Indian journal of veterinary science and animal husbandry - Volumes 22-23, 1952-1953
Year: 1952
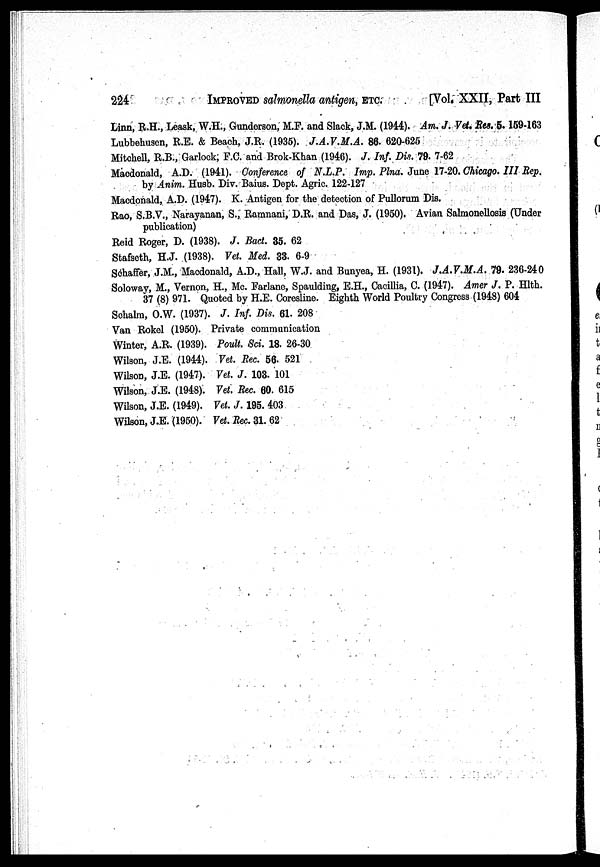
224
IMPROVED
salmonella antigen, ETC. [Vol. XXII, Part III
Linn, R.H., Leask,. W.H., Gunderson, M.F. and Slack, J.M. (1944). Am. J. Vet, Res.5.159-163
Lubbehusen, R.E. & Beach, J.R. (1935). J.A.V.M.A. 86. 620-625
Mitchell, R.B., Garlock; F.C. and Brok-Khan (1946). J. Inf. Dis. 79. 7-62
Macdonald, A.D. (1941). Conference of N.L.P. Imp. Plna. June 17-20. Chicago. III Rep.
by Anim. Husb. Div. Baius. Dept. Agric. 122-127
Macdonald, A.D. (1947). K. Antigen for the detection of Pullorum Dis.
Rao, S.B.V., Narayanan, S., Ramnani, D.R. and Das, J. (1950). Avian Salmonellosis (Under
publication)
Reid Roger, D. (1938). J. Bact. 35. 62
Stafseth, H.J. (1938). Vet. Med. 33. 6-9
Schaffer, J.M., Macdonald, A.D., Hall, W.J. and Bunyea, H. (1931). J.A.V.M.A. 79. 236-240
Soloway, M., Vernon, H., Mc. Farlane, Spaulding, E.H., Cacillia, C. (1947). Amer J. P. Hlth.
37 (8) 971. Quoted by H.E. Coresline. Eighth World Poultry Congress (1948) 604
Schalm, O.W. (1937). J. Inf. Dis. 61. 208
Van Rokel (1950). Private communication
Winter, A.R. (1939). Poult. Sci. 18. 26-30
Wilson, J.E. (1944). Vet. Rec. 56. 521
Wilson, J.E. (1947). Vet. J. 103. 101
Wilson, J.E. (1948). Vet. Rec. 60. 615
Wilson, J.E. (1949). Vet. J. 195. 403
Wilson, J.E. (1950). Vet. Rec. 31. 62
...